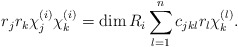
\begin{align*}r_j r_k \chi_j^{(i)} \chi_k^{(i)} = \dim R_i \sum\limits_{l=1}^nc_{jkl} r_l \chi_k^{(l)}.\end{align*}